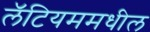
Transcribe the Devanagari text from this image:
लॅटियममधील